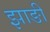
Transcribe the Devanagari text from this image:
झाङी